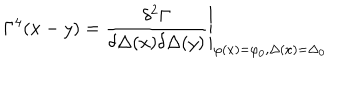
\Gamma ^ { 4 } ( x - y ) = \left. \frac { \delta ^ { 2 } \Gamma } { \delta \Delta ( x ) \delta \Delta ( y ) } \right| _ { \varphi ( x ) = \varphi _ { 0 } , \Delta ( x ) = \Delta _ { 0 } }